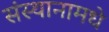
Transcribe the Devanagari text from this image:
संस्थानामधे